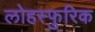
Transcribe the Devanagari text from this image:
लोहस्फुरिक